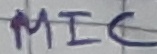
Text: MIC